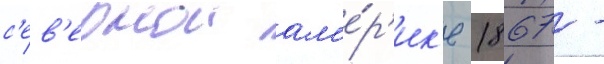
с'ев'ернои ам'е́р'ик'е 1867 -